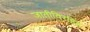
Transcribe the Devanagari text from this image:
जातीविरहित